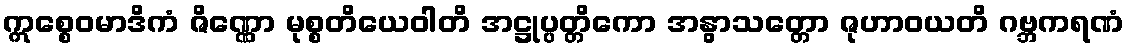
ဣစ္စေဝမာဒိကံ ဇိဏ္ဏော မုစ္စတိယေဝါတိ အဋ္ဌုပ္ပတ္တိကော အနွာသတ္တော ဇုဟာဝယတိ ဂဗ္ဘကရဏံ